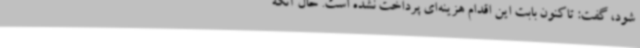
شود، گفت: تاکنون بابت این اقدام هزینه‌ای پرداخت نشده است. حال آنکه